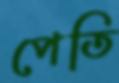
পেতি